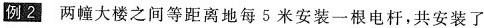
例2两幢大楼之间等距离地每5米安装一根电杆，共安装了